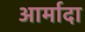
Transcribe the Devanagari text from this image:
आर्मादा